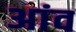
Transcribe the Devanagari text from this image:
अांव